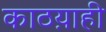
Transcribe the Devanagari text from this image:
काठय़ाही